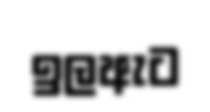
ඉලඇට